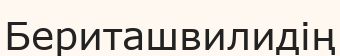
Бериташвилидің